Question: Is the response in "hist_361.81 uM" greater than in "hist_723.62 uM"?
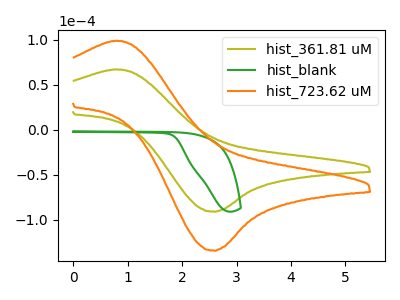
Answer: <think>The olive curve "hist_361.81 uM" has an anodic peak at (0.80V, 67.00uA) and a cathodic peak at (2.60V, -91.20uA). The green curve "hist_blank" has no peaks. The orange curve "hist_723.62 uM" has an anodic peak at (0.80V, 98.85uA) and a cathodic peak at (2.60V, -134.60uA).
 All the peaks in "hist_361.81 uM" have a peak in "hist_723.62 uM" at the same potential. Every peak in "hist_361.81 uM" is lower than every peak in "hist_723.62 uM".</think>
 <answer>"hist_361.81 uM" has less signal than "hist_723.62 uM".</answer>
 <eval>less_signal</eval>